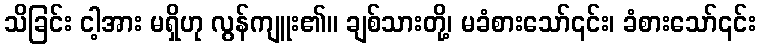
သိခြင်း ငါ့အား မရှိဟု လွန်ကျူး၏။ ချစ်သားတို့၊ မခံစားသော်၎င်း၊ ခံစားသော်၎င်း